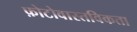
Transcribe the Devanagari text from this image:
फ़ोटोवास्तविकता